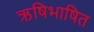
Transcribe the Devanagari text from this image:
ऋषिभाषित